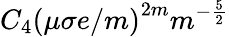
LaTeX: C_{4}\left(\mu\sigma e/m\right)^{2m}m^{-\frac{5}{2}}